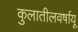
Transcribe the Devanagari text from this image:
कुलातीलवर्षायू